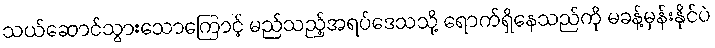
သယ်ဆောင်သွားသောကြောင့် မည်သည့်အရပ်ဒေသသို့ ရောက်ရှိနေသည်ကို မခန့်မှန်းနိုင်ပဲ